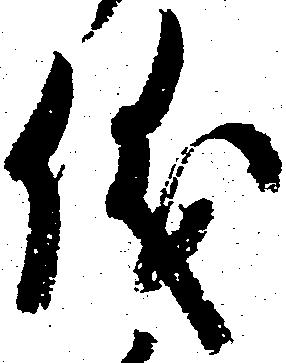
儀